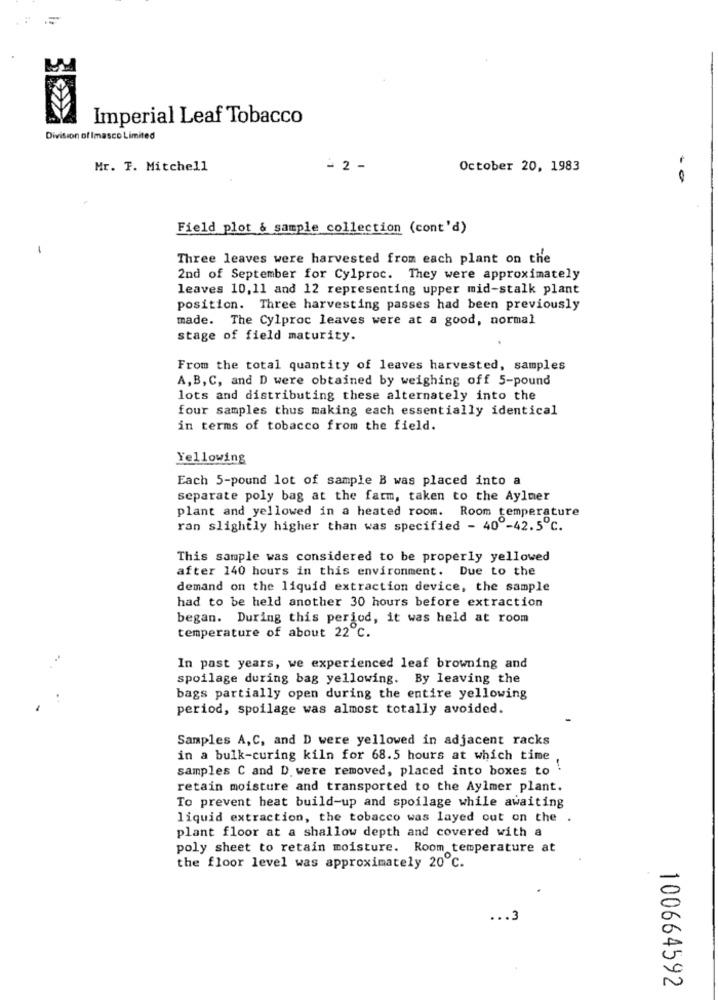
Imperial Leaf Tobacco
Division of Imasco Limited
Mr. T. Mitchell
- 2 -
October 20, 1983
Field plot & sample collection (cont'd)
-
Three leaves were harvested from each plant on the
2nd of September for Cylproc. They were approximately
leaves 10,11 and 12 representing upper mid-stalk plant
position. Three harvesting passes had been previously
made. The Cylproc leaves were at a good, normal
stage of field maturity.
From the total quantity of leaves harvested, samples
A, B,C, and D were obtained by weighing off 5-pound
lots and distributing these alternately into the
four samples thus making each essentially identical
in terms of tobacco from the field.
Yellowing
Each 5-pound lot of sample B was placed into a
separate poly bag at the farm, taken to the Aylmer
plant and yellowed in a heated room. Room temperature
ran slightly higher than was specified - 40 -42.5℃.
This sample was considered to be properly yellowed
after 140 hours in this environment. Due to the
demand on the liquid extraction device, the sample
had to be held another 30 hours before extraction
began. During this period, it was held at room
temperature of about 22 ℃.
In past years, we experienced leaf browning and
spoilage during bag yellowing. By leaving the
bags partially open during the entire yellowing
period, spoilage was almost totally avoided.
Samples A,C, and D were yellowed in adjacent racks
in a bulk-curing kiln for 68.5 hours at which time
samples C and D. were removed, placed into boxes to .
retain moisture and transported to the Aylmer plant.
To prevent heat build-up and spoilage while awaiting
liquid extraction, the tobacco was layed out on the
plant floor at a shallow depth and covered with a
poly sheet to retain moisture. Room temperature at
the floor level was approximately 20℃.
... 3
100664592